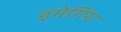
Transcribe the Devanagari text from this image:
इमेगिंग